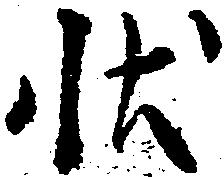
状